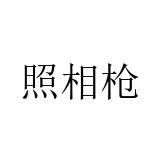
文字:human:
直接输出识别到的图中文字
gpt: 照相枪